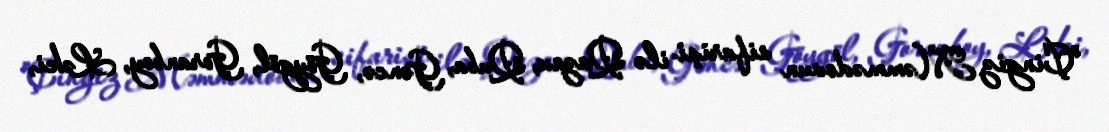
"Çingiz Məmmədovun sifarişi ilə Qazax, Quba, Gəncə, Göygöl, Goranboy, Ləki,